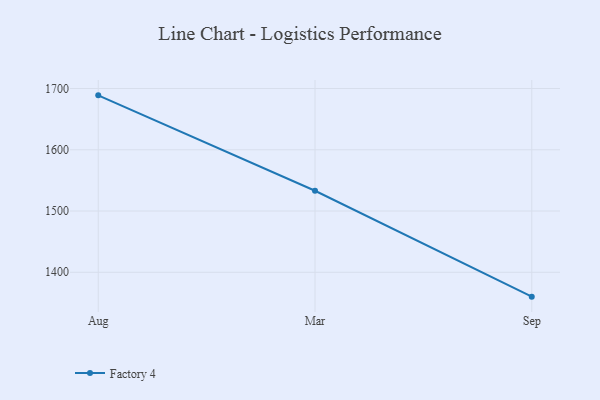
{"axis": {"x": "Month", "y": "Shipments"}, "legend": ["Factory 4"], "data": [{"x": "Aug", "y": 1688.8, "type": "Factory 4"}, {"x": "Mar", "y": 1533.1, "type": "Factory 4"}, {"x": "Sep", "y": 1360.2, "type": "Factory 4"}]}